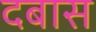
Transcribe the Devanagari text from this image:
दबास